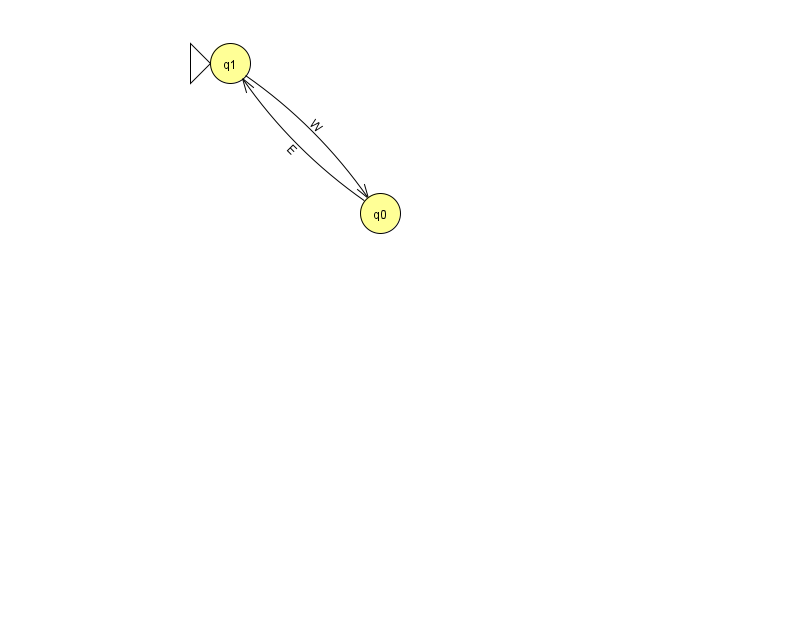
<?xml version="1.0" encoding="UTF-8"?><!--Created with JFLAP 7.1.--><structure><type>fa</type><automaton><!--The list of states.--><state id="0" name="q0"><x>380.0</x><y>200.0</y></state><state id="1" name="q1"><x>230.0</x><y>50.0</y><initial/></state><!--The list of transitions.--><transition><from>1</from><to>0</to><read>W</read></transition><transition><from>0</from><to>1</to><read>E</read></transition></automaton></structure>